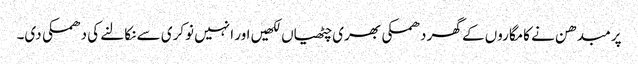
پرمبدھن نے کامگاروں کے گھر دھمکی بھری چٹھیاں لکھیں اور انہیں نوکری سے نکالنے کی دھمکی دی۔